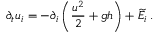
\partial _ { t } u _ { i } = - \partial _ { i } \left( \frac { u ^ { 2 } } { 2 } + g h \right) + \widetilde { E } _ { i } \, .